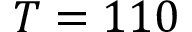
T = 1 1 0